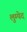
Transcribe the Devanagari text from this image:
लुम्पेद